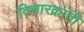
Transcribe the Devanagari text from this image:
विचारक्रांती